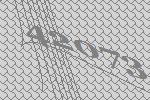
42073